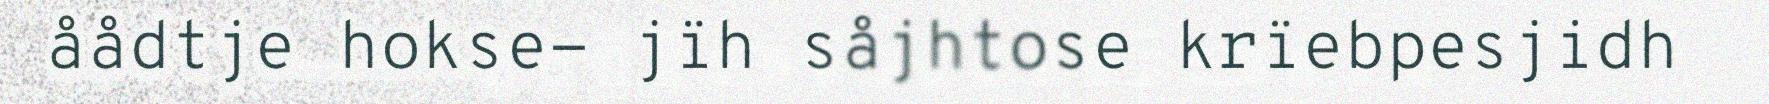
åådtje hokse- jïh såjhtose krïebpesjidh